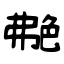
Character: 艴